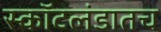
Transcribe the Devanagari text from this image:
स्कॉटलंडातच